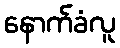
နောက်ခံလူ